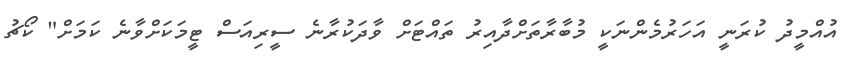
އުއްމީދު ކުރަނީ އަހަރުމެންނަކީ މުބާރާތަށްދާއިރު ތައްޓަށް ވާދަކުރާނެ ސީރިއަސް ޓީމަކަށްވާނެ ކަމަށް" ކޯޗު